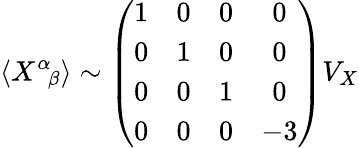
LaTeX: \langle X^{\alpha}{}_{\! \beta}\rangle\sim\left(\begin{array}{cccc}{{1}}&{{0}}&{{0}}&{{0}}\\ {{0}}&{{1}}&{{0}}&{{0}}\\ {{0}}&{{0}}&{{1}}&{{0}}\\ {{0}}&{{0}}&{{0}}&{{-3}}\end{array}\right)V_{X}